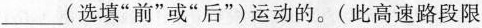
___(选填”前”或”后”)运动的。(此高速路段限